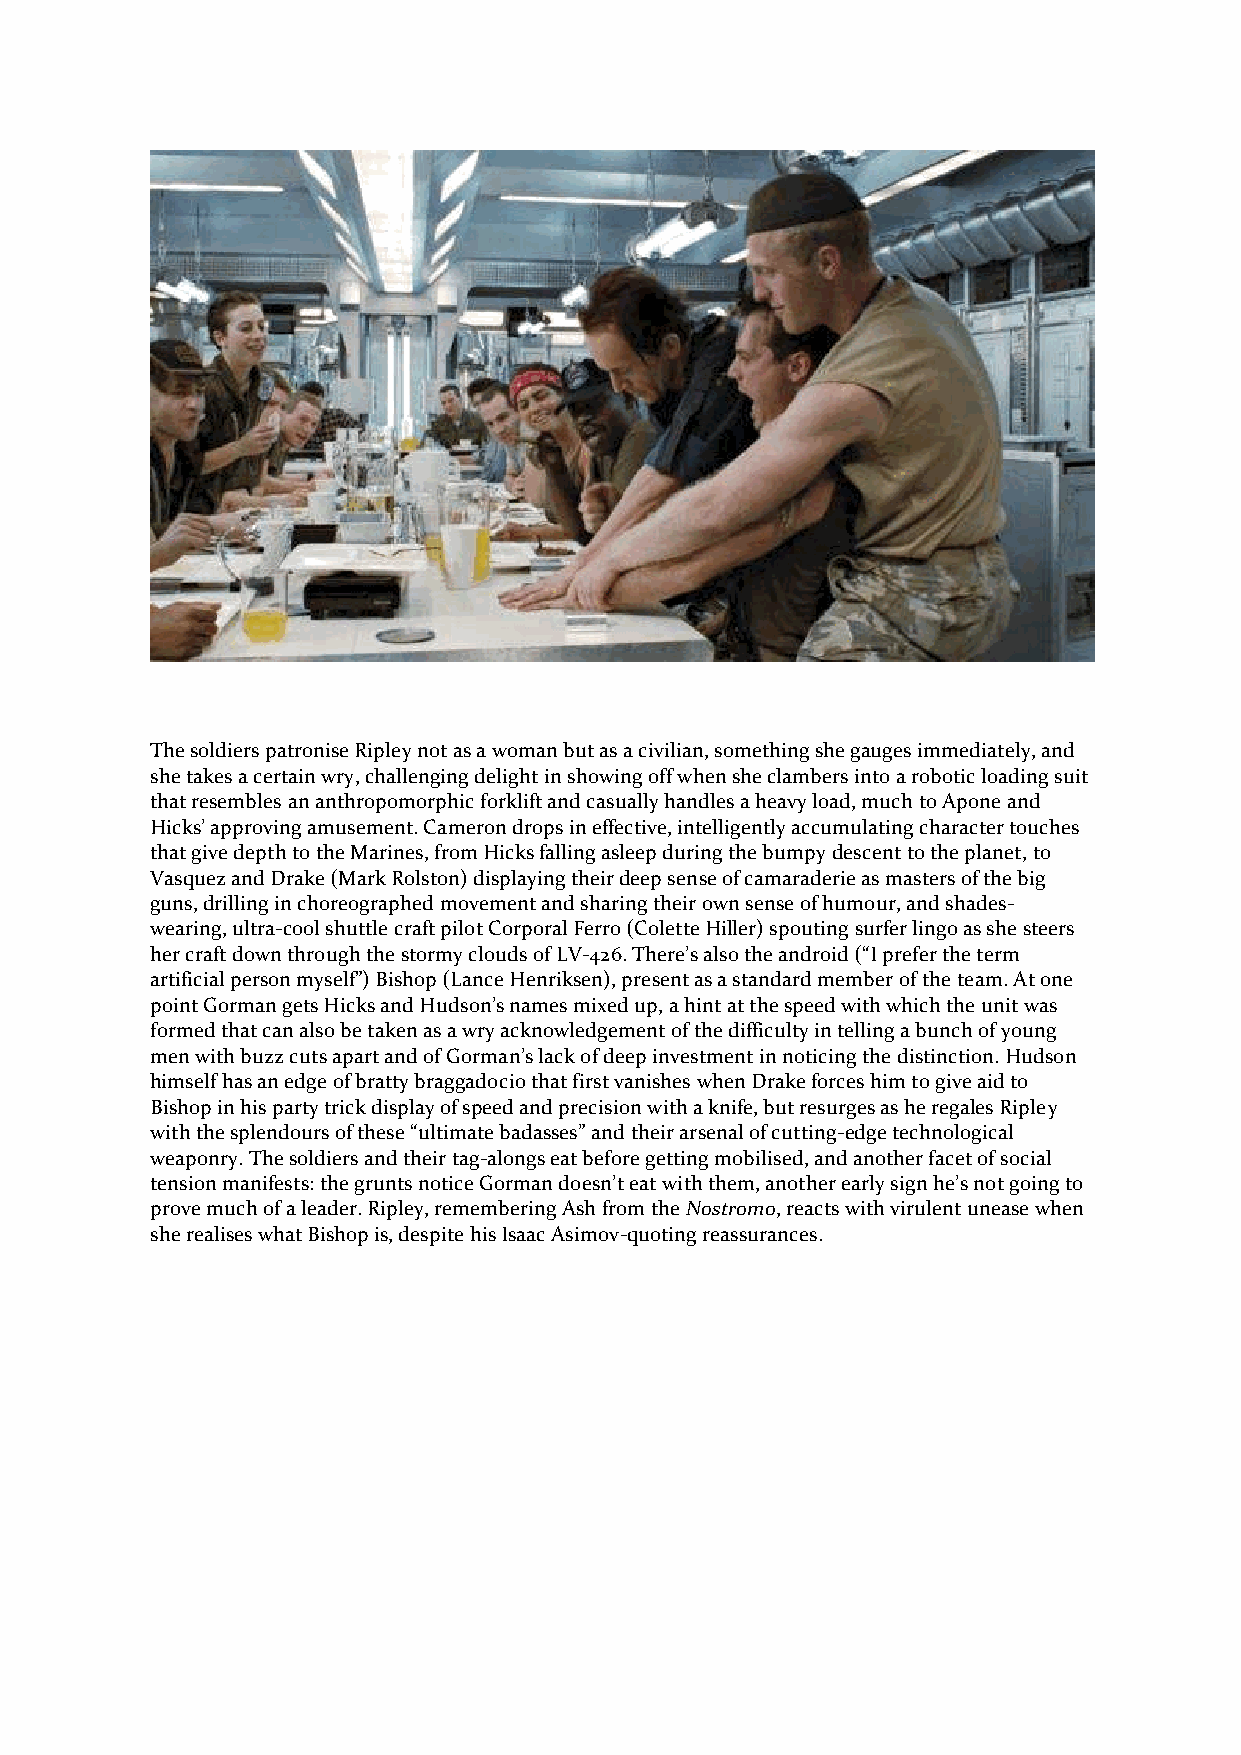
The soldiers patronise Ripley not as a woman but as a civilian, something she gauges immediately, and
 she takes a certain wry, challenging delight in showing off when she clambers into a robotic loading suit
 that resembles an anthropomorphic forklift and casually handles a heavy load, much to Apone and
 Hicks’ approving amusement. Cameron drops in effective, intelligently accumulating character touches
 that give depth to the Marines, from Hicks falling asleep during the bumpy descent to the planet, to
 Vasquez and Drake (Mark Rolston) displaying their deep sense of camaraderie as masters of the big
 guns, drilling in choreographed movement and sharing their own sense of humour, and shades-
 wearing, ultra-cool shuttle craft pilot Corporal Ferro (Colette Hiller) spouting surfer lingo as she steers
 her craft down through the stormy clouds of LV-426. There’s also the android (“I prefer the term
 artificial person myself”) Bishop (Lance Henriksen), present as a standard member of the team. At one
 point Gorman gets Hicks and Hudson’s names mixed up, a hint at the speed with which the unit was
 formed that can also be taken as a wry acknowledgement of the difficulty in telling a bunch of young
 men with buzz cuts apart and of Gorman’s lack of deep investment in noticing the distinction. Hudson
 himself has an edge of bratty braggadocio that first vanishes when Drake forces him to give aid to
 Bishop in his party trick display of speed and precision with a knife, but resurges as he regales Ripley
 with the splendours of these “ultimate badasses” and their arsenal of cutting-edge technological
 weaponry. The soldiers and their tag-alongs eat before getting mobilised, and another facet of social
 tension manifests: the grunts notice Gorman doesn’t eat with them, another early sign he’s not going to
 prove much of a leader. Ripley, remembering Ash from the Nostromo, reacts with virulent unease when
 she realises what Bishop is, despite his Isaac Asimov-quoting reassurances.